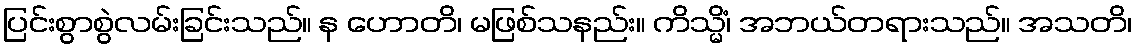
ပြင်းစွာစွဲလမ်းခြင်းသည်။ န ဟောတိ၊ မဖြစ်သနည်း။ ကိသ္မိံ၊ အဘယ်တရားသည်။ အသတိ၊